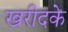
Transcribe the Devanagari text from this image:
खरीदके